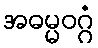
အဓမ္မဝဂ္ဂံ